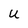
Character: u